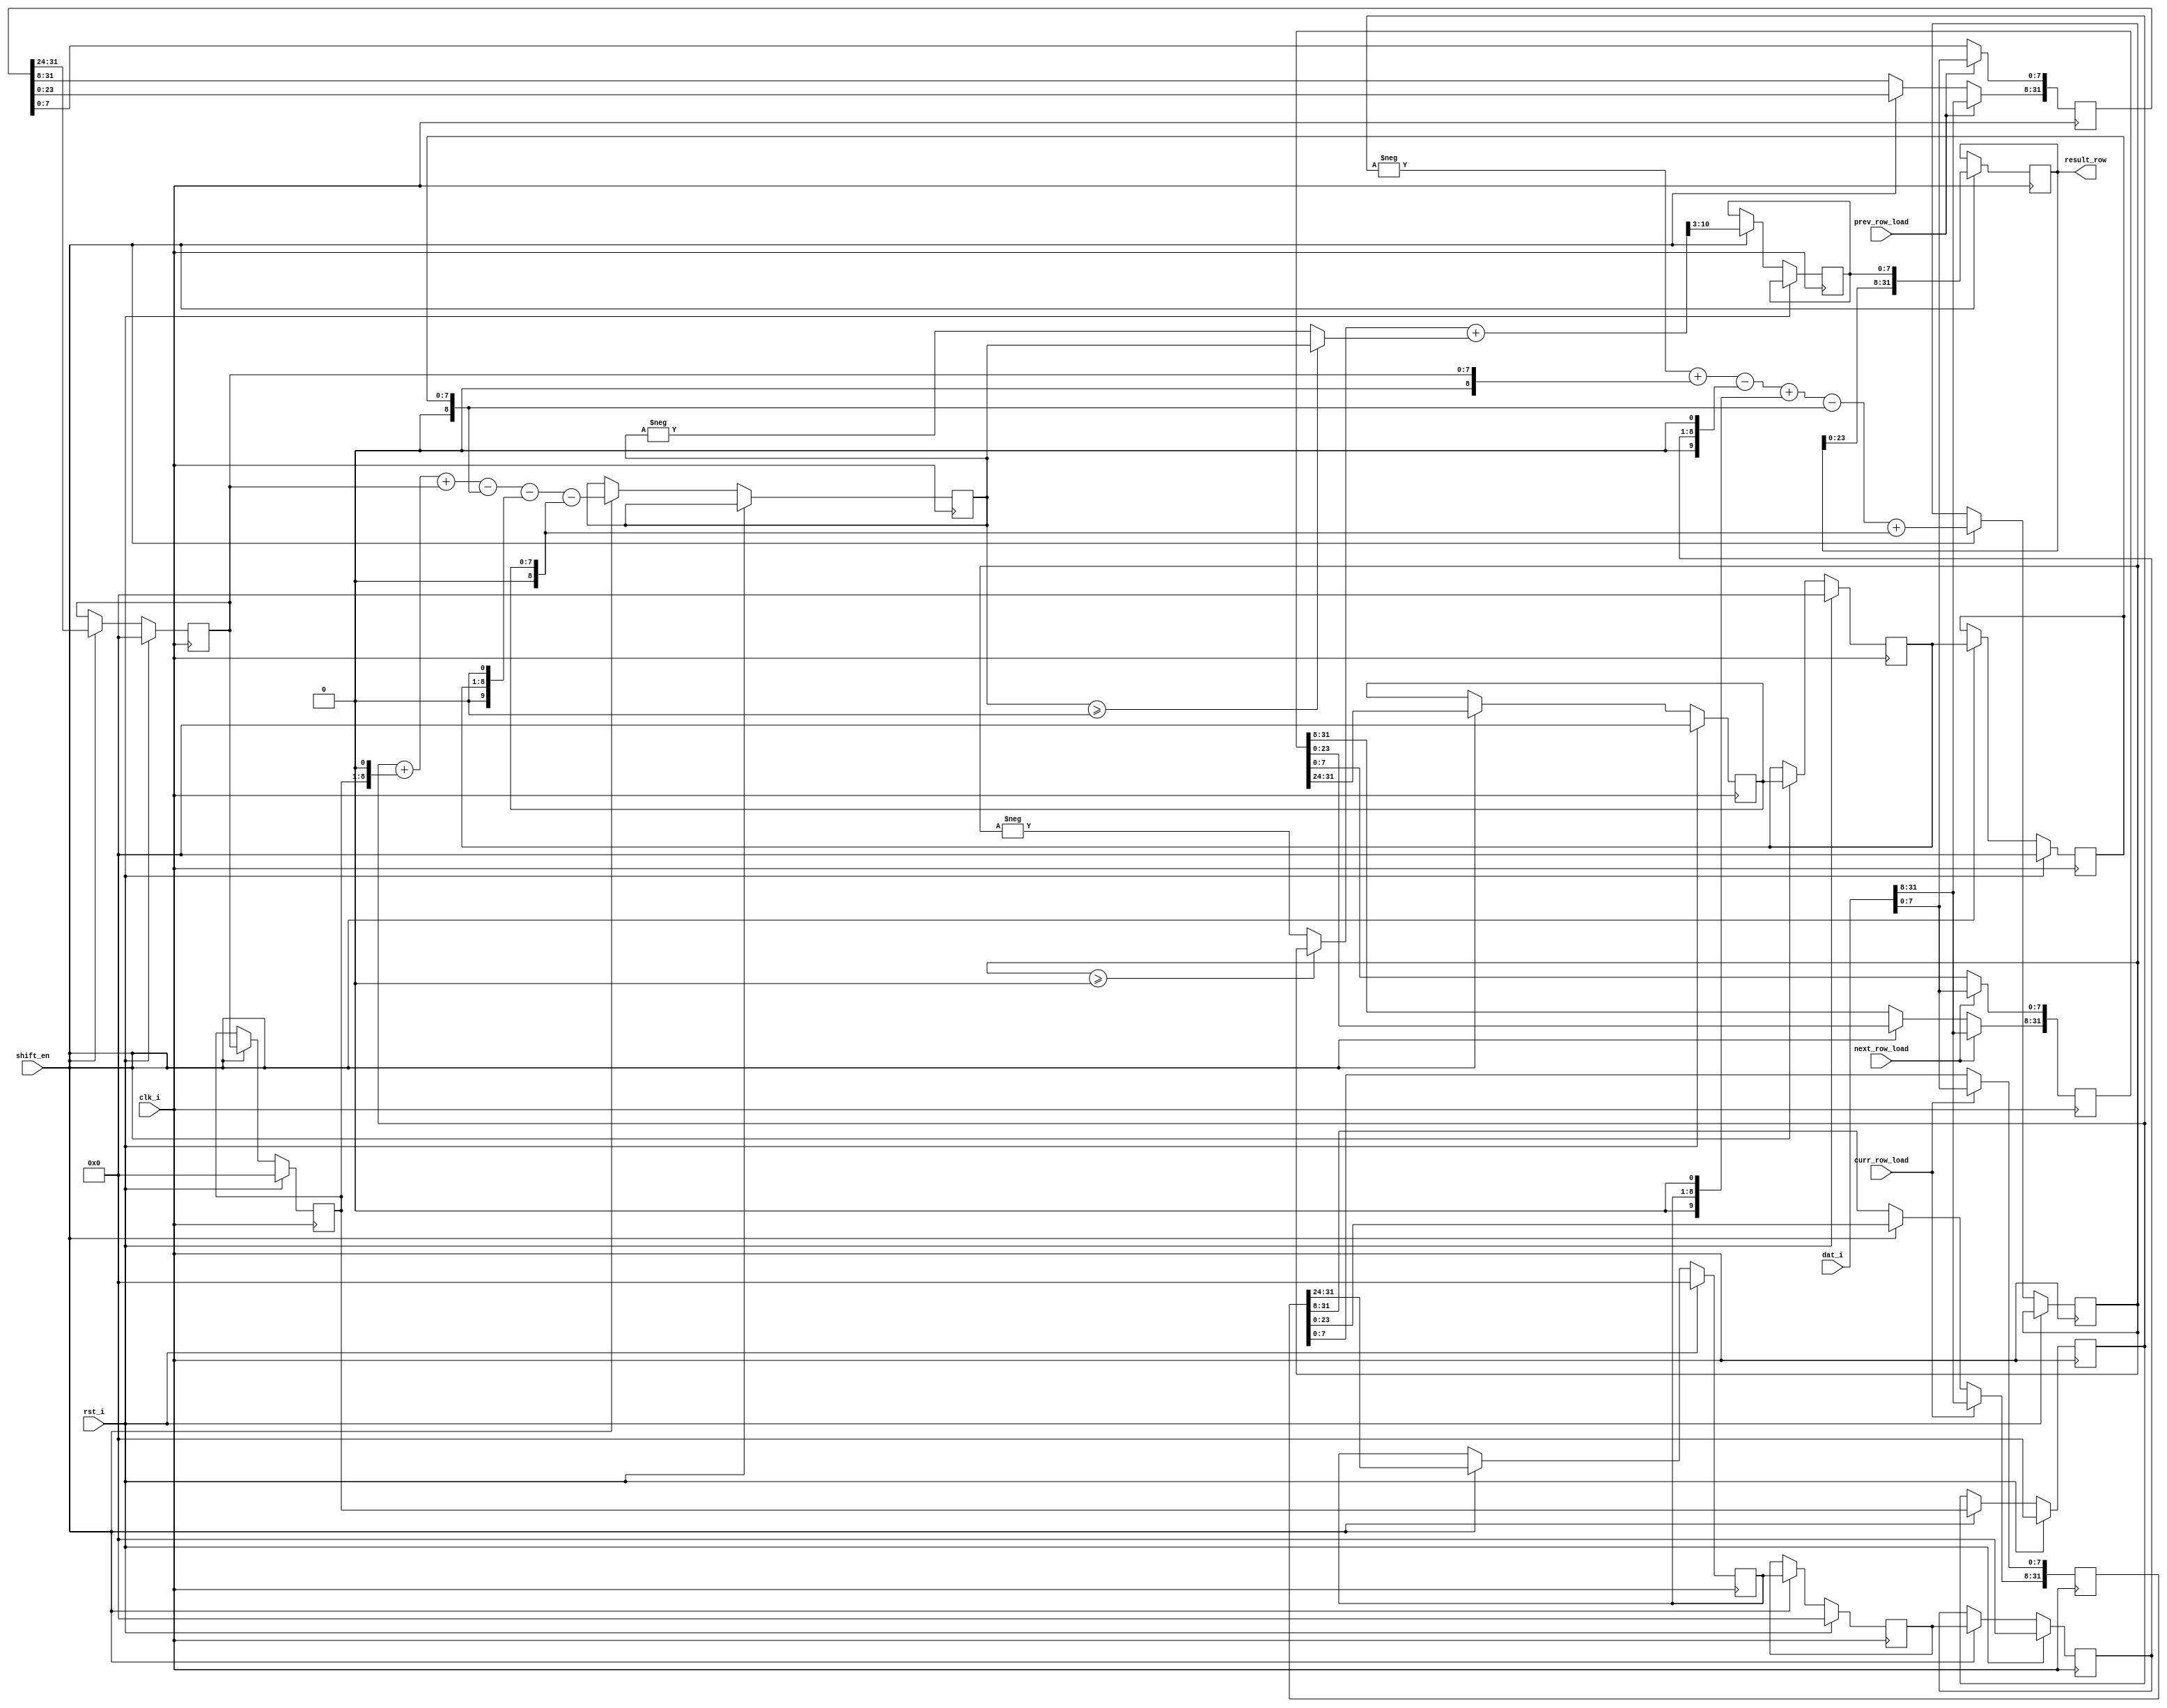
module compute(
	rst_i,     
	clk_i,
	dat_i,     
	shift_en,     
	prev_row_load,    
	curr_row_load,		
	next_row_load,		
	result_row     
    );
input clk_i;
input rst_i;
input[31:0] dat_i;
input  shift_en;       
input  prev_row_load; 
input  curr_row_load;  
input  next_row_load; 
output[31:0] result_row; 
reg [31:0] prev_row=0, curr_row=0, next_row=0;
reg [7:0] O[-1:1][-1:1]; 
reg signed 	[10:0] Dx=0, Dy=0;
reg [7:0] abs_D = 0 ;  
reg [31:0] result_row =0 ; 
always@(posedge clk_i)
	if(prev_row_load)	  
	   prev_row	<= dat_i;
	else 
	  if(shift_en)		
	    prev_row[31:8] <= prev_row[23:0];
always@(posedge clk_i)
	if(curr_row_load)	 
	   curr_row<= dat_i;
	else 
	  if(shift_en )   
	    curr_row [31:8]<=curr_row[23:0];
always@(posedge clk_i)
	if(next_row_load)	  
	   next_row<=dat_i;
	else
	  if(shift_en )	
	     next_row [31:8]<=next_row[23:0];
function [10:0]	abs ( input signed [10:0] x);
	abs = x >=0 ? x : -x ;
endfunction
always @(posedge clk_i) 
   if(rst_i)
      begin
            O[-1][-1]<=0;
	          O[-1][ 0]<=0;
	          O[-1][+1]<=0;
	          O[ 0][-1]<=0;
	          O[ 0][ 0]<=0;
	          O[ 0][+1]<=0;
	          O[+1][-1]<=0;
	          O[+1][ 0]<=0;
	          O[+1][+1]<=0;
	   end
	else
	if ( shift_en )	 
	begin
		abs_D <= (abs(Dx) + abs(Dy))>>3;
		Dx	<= -$signed({3'b000, O[-1][-1]})	        
				  +$signed({3'b000, O[-1][+1]})	        
				  -($signed({3'b000, O[ 0][-1]})<<1)    
				  +($signed({3'b000, O[ 0][+1]})<<1)	   
				  -$signed({3'b000, O[+1][-1]})	        
				  +$signed({3'b000, O[+1][+1]});	       
		Dy	<= $signed({3'b000, O[-1][-1]})	         
				  +($signed({3'b000, O[-1][ 0]})<<1)    
				  +$signed({3'b000, O[-1][+1]})	        
				  -$signed({3'b000, O[+1][-1]})         
				  -($signed({3'b000, O[+1][ 0]})<<1)    
				  -$signed({3'b000, O[+1][+1]});	       
	  O[-1][-1]	<=	O[-1][0];
	  O[-1][ 0]	<=	O[-1][+1];
    O[-1][+1]	<=	prev_row[31:24];
    O[ 0][-1]	<=	O[0][0];
    O[ 0][ 0]	<=	O[0][+1];
    O[ 0][+1]	<=	curr_row[31:24];
    O[+1][-1]	<=	O[+1][0];
    O[+1][ 0]	<=	O[+1][+1];
    O[+1][+1]	<=	next_row[31:24];
  end
always	@(posedge clk_i)
	if(shift_en)	
	   result_row	<= { result_row[23:0], abs_D};
endmodule